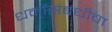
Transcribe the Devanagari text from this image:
धर्मासंबंधीचा